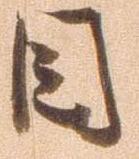
目